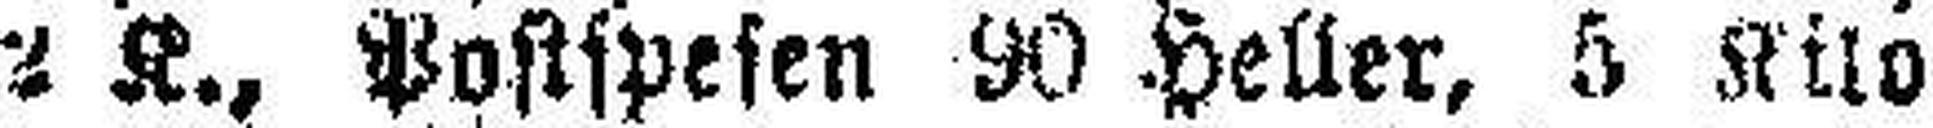
2 K., Postspesen 90 Heller, 5 Kilo